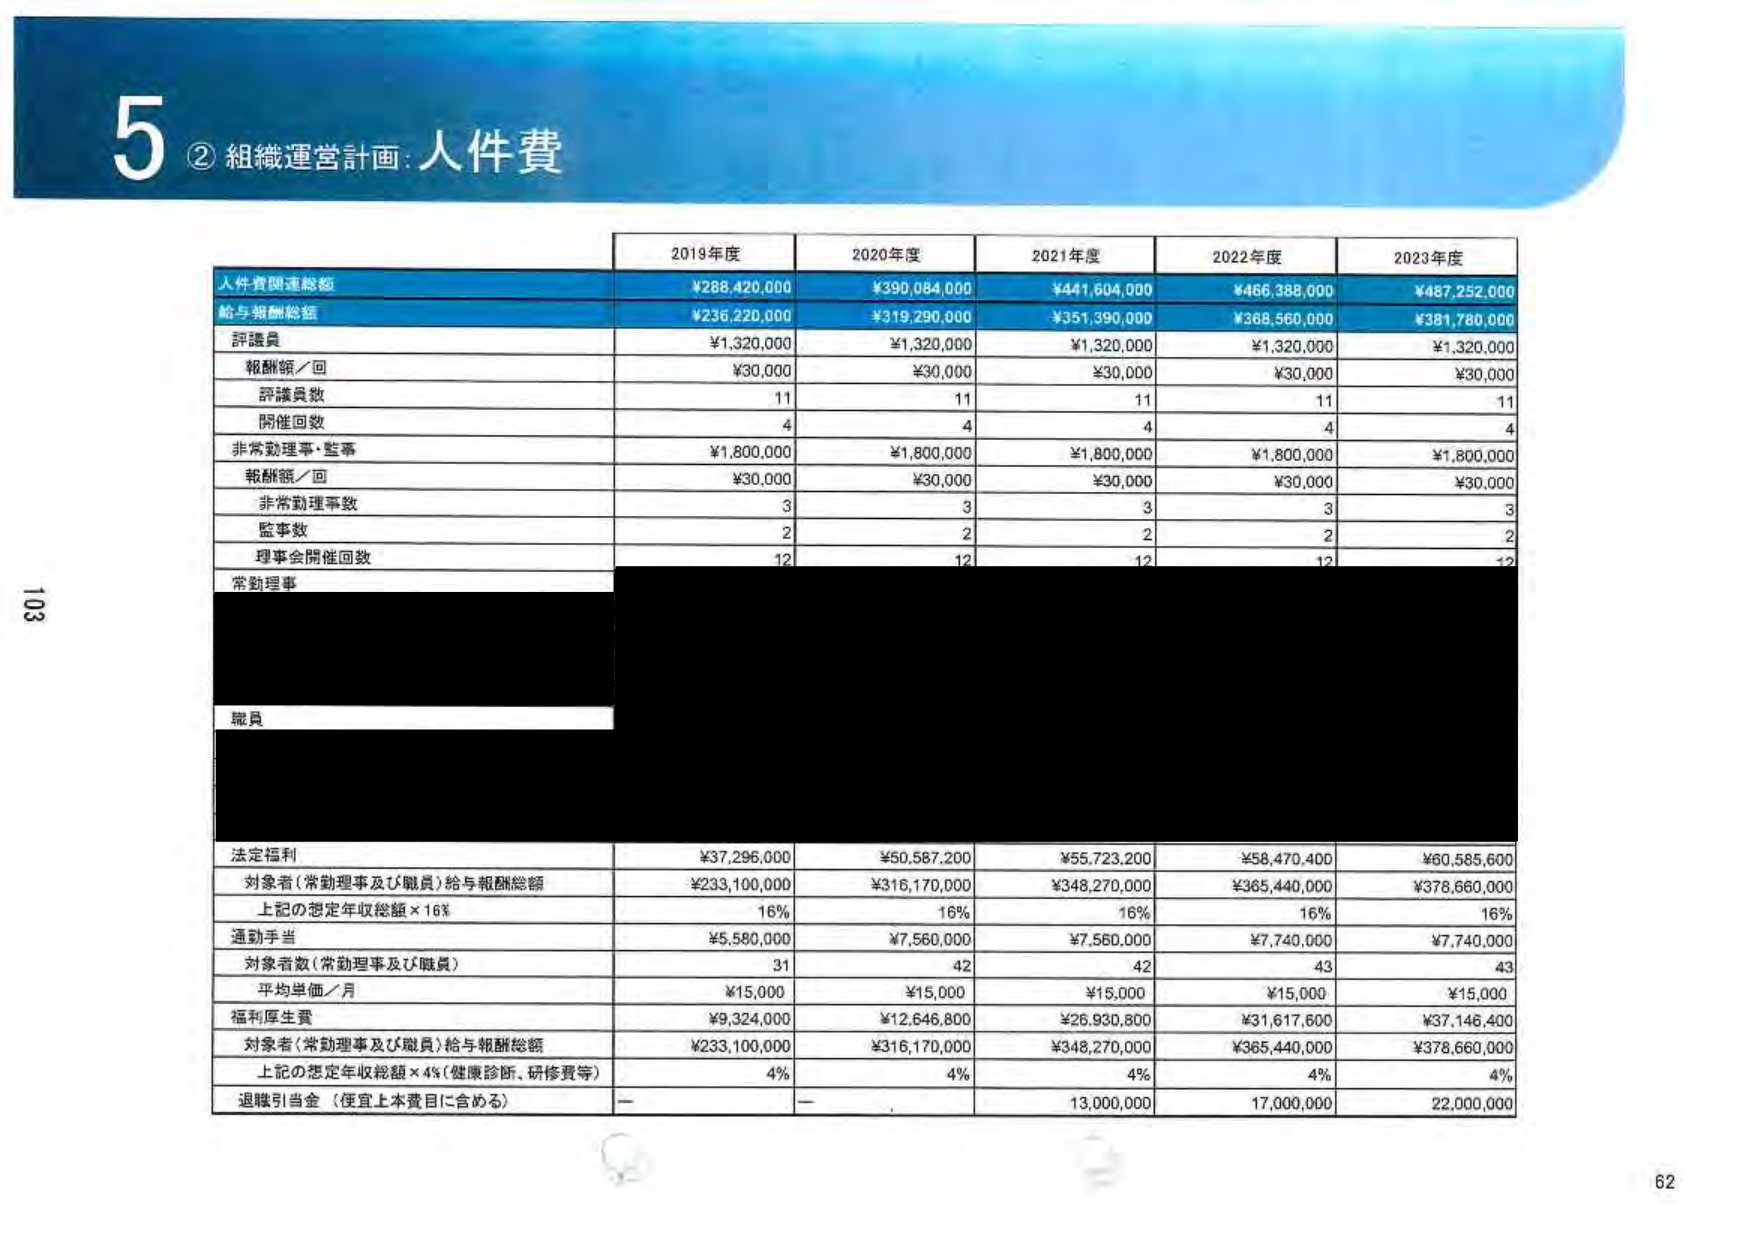
5 ② 組織運営計画：人件費

2019年度 2020年度 2021年度 2022年度 2023年度

人件費関連総額 ¥288,420,000 ¥390,084,000 ¥441,604,000 ¥466,388,000 ¥487,252,000
給与報酬総額 ¥236,220,000 ¥319,290,000 ¥351,390,000 ¥368,560,000 ¥381,780,000
評議員 ¥1,320,000 ¥1,320,000 ¥1,320,000 ¥1,320,000 ¥1,320,000
報酬額／回 ¥30,000 ¥30,000 ¥30,000 ¥30,000 ¥30,000
評議員数 11 11 11 11 11
開催回数 4 4 4 4 4
非常勤理事・監事 ¥1,800,000 ¥1,800,000 ¥1,800,000 ¥1,800,000 ¥1,800,000
報酬額／回 ¥30,000 ¥30,000 ¥30,000 ¥30,000 ¥30,000
非常勤理事数 3 3 3 3 3
監事数 2 2 2 2 2
理事会開催回数 12 12 12 12 12
常勤理事
職員

法定福利 ¥37,296,000 ¥50,587,200 ¥55,723,200 ¥58,470,400 ¥60,585,600
対象者（常勤理事及び職員）給与報酬総額 ¥233,100,000 ¥316,170,000 ¥348,270,000 ¥365,440,000 ¥378,660,000
上記の想定年収総額×16% 16% 16% 16% 16%
通勤手当 ¥5,580,000 ¥7,560,000 ¥7,560,000 ¥7,740,000 ¥7,740,000
対象者数（常勤理事及び職員） 31 42 42 43 43
平均単価／月 ¥15,000 ¥15,000 ¥15,000 ¥15,000 ¥15,000
福利厚生費 ¥9,324,000 ¥12,646,800 ¥26,930,800 ¥31,617,600 ¥37,146,400
対象者（常勤理事及び職員）給与報酬総額 ¥233,100,000 ¥316,170,000 ¥348,270,000 ¥365,440,000 ¥378,660,000
上記の想定年収総額×4%（健康診断、研修費等） 4% 4% 4% 4% 4%
退職引当金（便宜上本費目に含める） — — 13,000,000 17,000,000 22,000,000

103
62